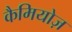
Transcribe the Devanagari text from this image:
कैमियोज़